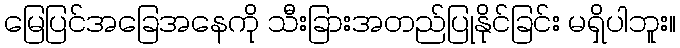
မြေပြင်အခြေအနေကို သီးခြားအတည်ပြုနိုင်ခြင်း မရှိပါဘူး။